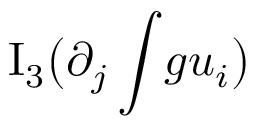
\mathrm { I } _ { 3 } \big ( \partial _ { j } \int \! g u _ { i } \big )